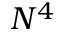
N ^ { 4 }